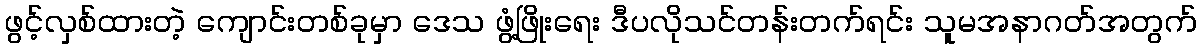
ဖွင့်လှစ်ထားတဲ့ ကျောင်းတစ်ခုမှာ ဒေသ ဖွံ့ဖြိုးရေး ဒီပလိုသင်တန်းတက်ရင်း သူမအနာဂတ်အတွက်